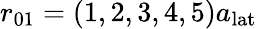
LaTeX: r_{01}=(1,2,3,4,5)a_{\mathrm{lat}}